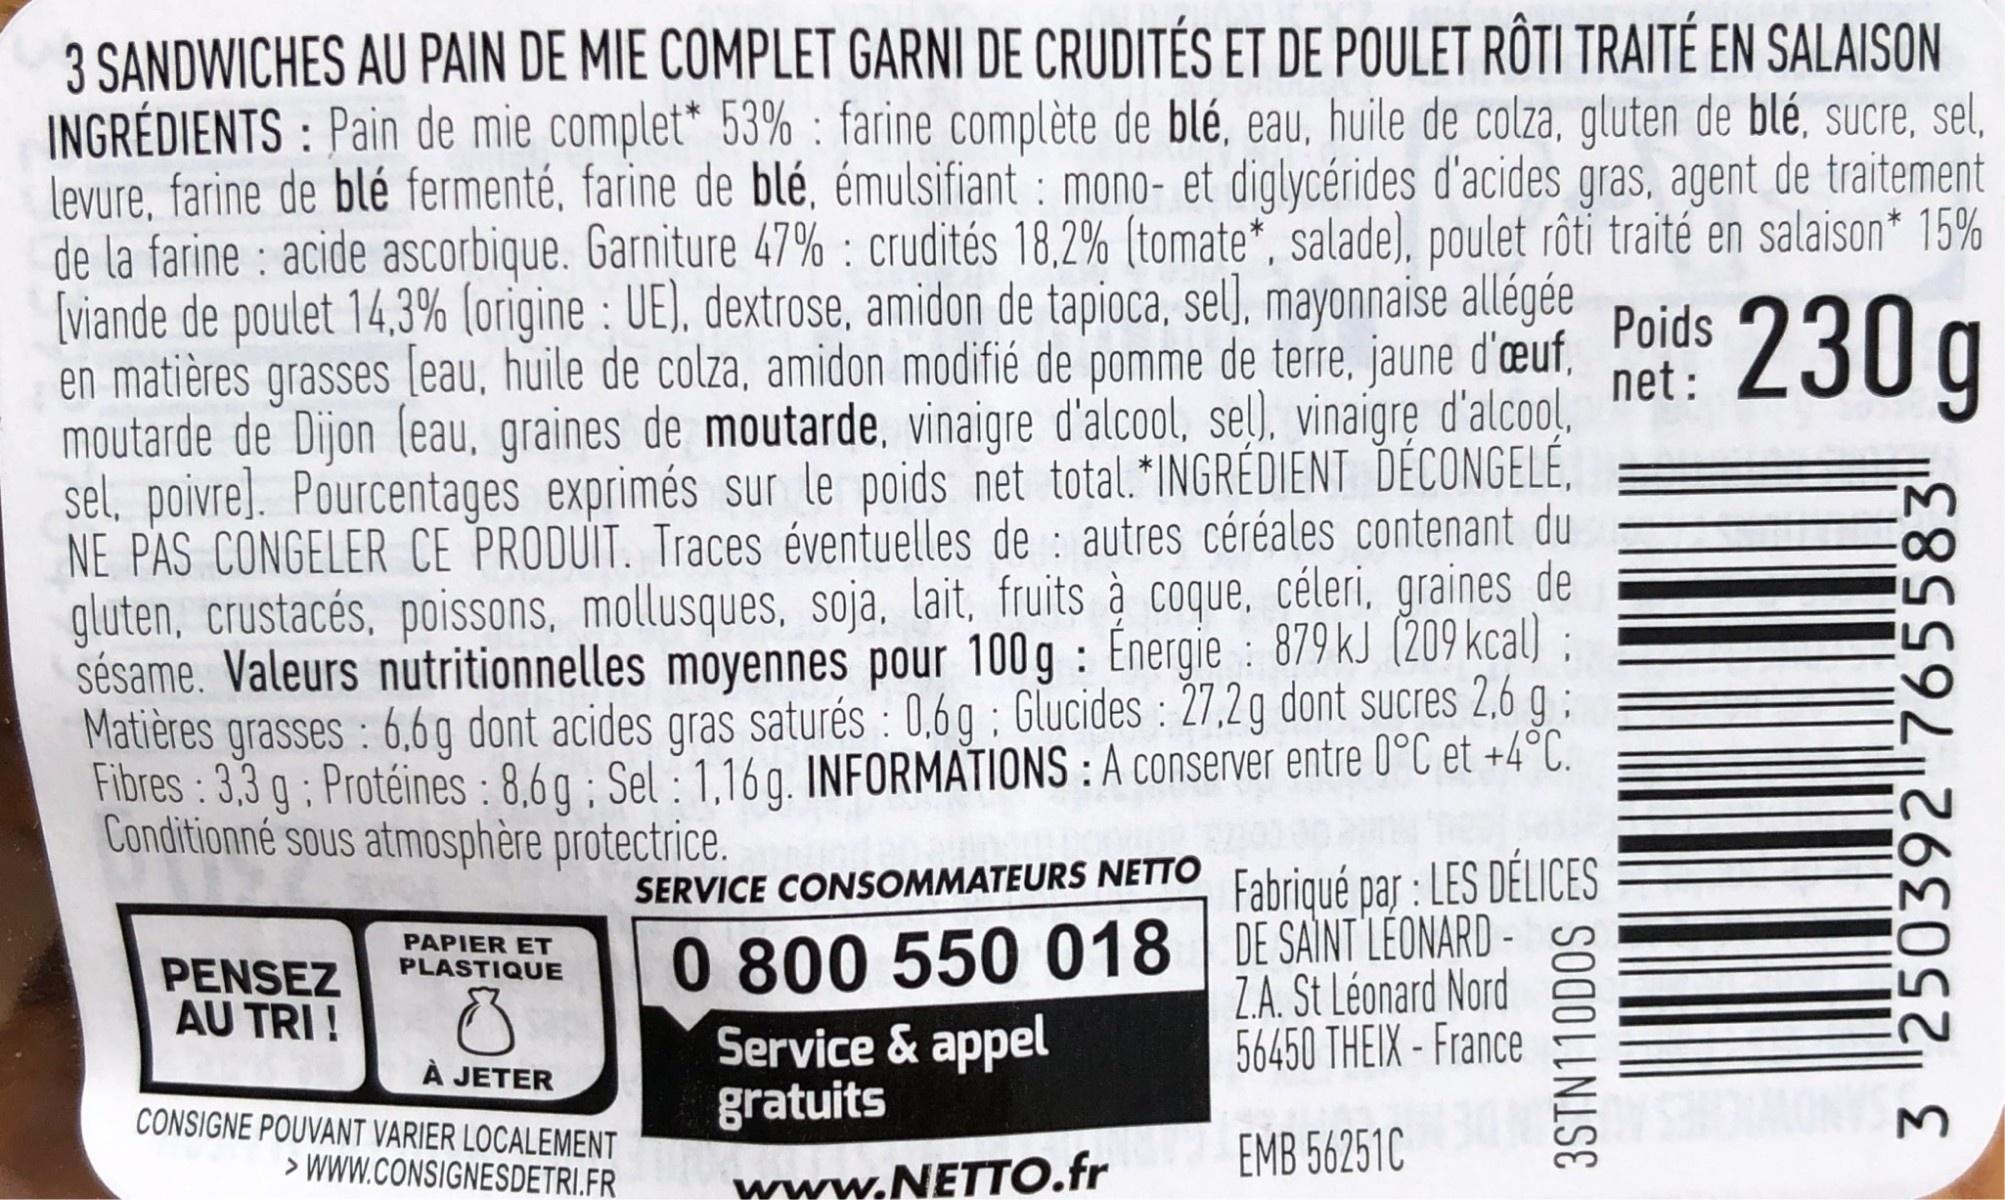
3 SANDWICHES AU PAIN DE MIE COMPLET GARNI DE CRUDITÉS ET DE POULET RÔTI TRAITÉ EN SALAISON INGRÉDIENTS : Pain de mie complet* 53% : farine complète de blé, eau, huile de colza, gluten de blé, sucre, sel, levure, farine de blé fermenté, farine de blé, émulsifiant : mono- et diglycérides d'acides gras, agent de traitement de la farine : acide ascorbique. Garniture 47% : crudités 18,2% (tomate*, salade), poulet rôti traité en salaison* 15% [viande de poulet 14,3% (origine : UE), dextrose, amidon de tapioca, sel). mayonnaise allégée en matières grasses leau, huile de colza, amidon modifié de pomme de terre, jaune d'œuf, moutarde de Dijon (eau, graines de moutarde, vinaigre d'alcool, seļ), vinaigrę d'alcool, sel, poivre]. Pourcentages exprimés sur le poids net total.*INGRÉDIENT DÉCONGELÉ, NE PAS CONGELER CE PRODUIT. Traces éventuelles de : autres céréales contenant du gluten, crustacés, poissons, mollusques, soja. lait, fruits à coque, céleri, graines de sésame. Valeurs nutritionnelles moyennes pour 100g : Energie : 879 kJ (209 kcal ; Matières grasses : 6,6 g dont acides gras saturés : 0,6g : Glucides : 27,2g dont sucres 2,6 Fibres : 3,3 g: Protéines : 8,6 g ; Sel : 1,16 g. INFORMATIONS : A conserver entre O°C et +4°C. Conditionné sous atmosphère protectrice.
Poids net :
230 g
SERVICE CONSOMMATEURS NETTO Fahriqué par : LES DELICES
0 800 550 018 DE SAINT LÉONARD - Service & appel gratuits
PAPIER ET PLASTIQUE
PENSEZ AU TRI !
Z.A. St Léonard Nord 56450 THEIX - France
À JETER
CONSIGNE POUVANT VARIER LOCALEMENT
> WWW.CONSIGNESDETRI.FR
www.NETTO.fr
EMB 56251C
SO0OLLNISE
3 250392 765583